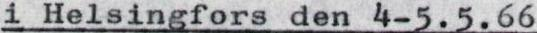
i Helsingfors den 4-5.5.66